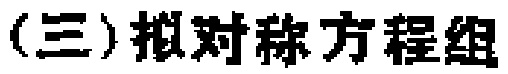
(三)拟对称方程组